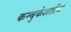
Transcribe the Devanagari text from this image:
कम्बुकेशतीर्थ